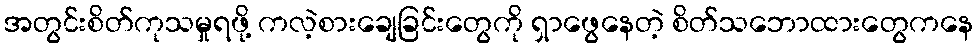
အတွင်းစိတ်ကုသမှုရဖို့ ကလဲ့စားချေခြင်းတွေကို ရှာဖွေနေတဲ့ စိတ်သဘောထားတွေကနေ